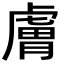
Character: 膚